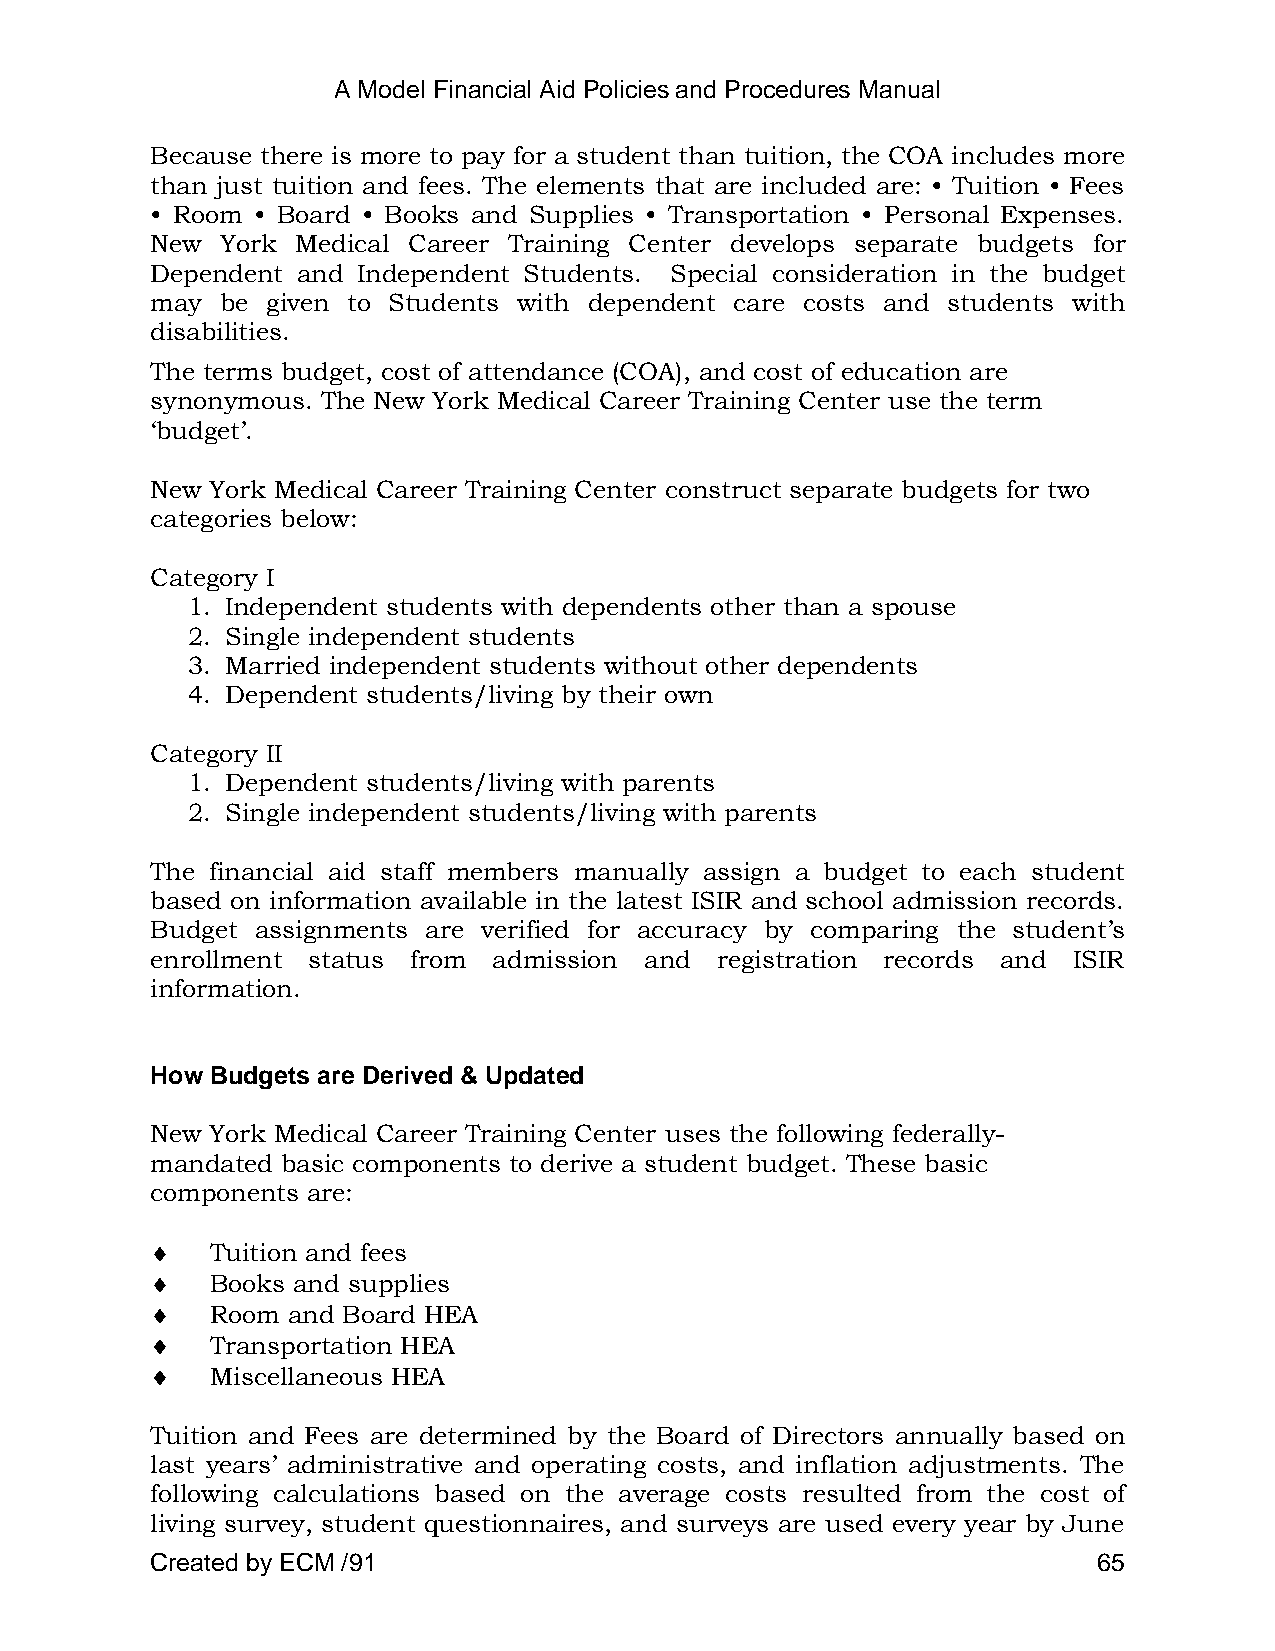
A Model Financial Aid Policies and Procedures Manual
 Because there is more to pay for a student than tuition, the COA includes more
 than just tuition and fees. The elements that are included are: • Tuition • Fees
 • Room • Board • Books and Supplies • Transportation • Personal Expenses.
 New  York Medical Career Training Center develops separate budgets for
 Dependent and Independent Students. Special consideration in the budget
 may  be given to Students with dependent care costs and students with
 disabilities.
 The terms budget, cost of attendance (COA), and cost of education are
 synonymous. The New York Medical Career Training Center use the term
 ‗budget‘.
 New York Medical Career Training Center construct separate budgets for two
 categories below:
 Category I
 1. Independent students with dependents other than a spouse
 2. Single independent students
 3. Married independent students without other dependents
 4. Dependent students/living by their own
 Category II
 1. Dependent students/living with parents
 2. Single independent students/living with parents
 The financial aid staff members manually assign a budget to each student
 based on information available in the latest ISIR and school admission records.
 Budget assignments are verified for accuracy by comparing the student‘s
 enrollment status from admission and registration records and ISIR
 information.
 How Budgets are Derived & Updated
 New York Medical Career Training Center uses the following federally-
 mandated basic components to derive a student budget. These basic
 components are:
 Tuition and fees
 Books and supplies
 Room and Board HEA
 Transportation HEA
 Miscellaneous HEA
 Tuition and Fees are determined by the Board of Directors annually based on
 last years‘ administrative and operating costs, and inflation adjustments. The
 following calculations based on the average costs resulted from the cost of
 living survey, student questionnaires, and surveys are used every year by June
 Created by ECM /91                                             65